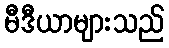
မီဒီယာများသည်